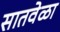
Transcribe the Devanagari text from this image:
सातवेळा